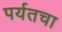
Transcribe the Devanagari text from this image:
पर्यतचा